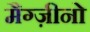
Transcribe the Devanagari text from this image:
मैग्ज़ीनो